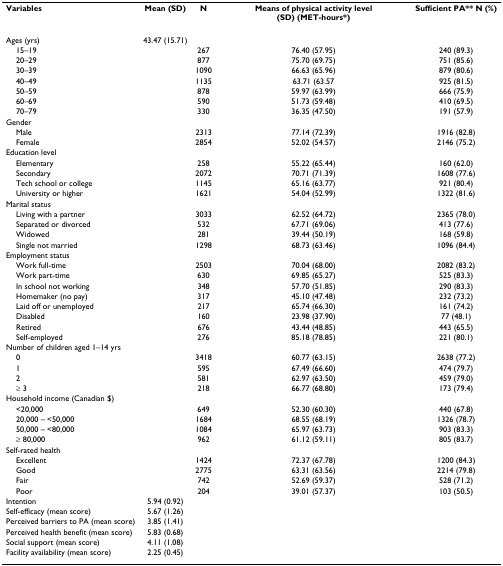
<table><thead><tr><td><b>Variables</b></td><td><b>Mean (SD)</b></td><td><b>N</b></td><td><b>Means of physical activity level (SD) (MET-hours*)</b></td><td><b>Sufficient PA** N (%)</b></td></tr></thead><tbody><tr><td>Ages (yrs)</td><td>43.47 (15.71)</td><td></td><td></td><td></td></tr><tr><td> 15–19</td><td></td><td>267</td><td>76.40 (57.95)</td><td>240 (89.3)</td></tr><tr><td> 20–29</td><td></td><td>877</td><td>75.70 (69.75)</td><td>751 (85.6)</td></tr><tr><td> 30–39</td><td></td><td>1090</td><td>66.63 (65.96)</td><td>879 (80.6)</td></tr><tr><td> 40–49</td><td></td><td>1135</td><td>63.71 (63.57</td><td>925 (81.5)</td></tr><tr><td> 50–59</td><td></td><td>878</td><td>59.97 (63.99)</td><td>666 (75.9)</td></tr><tr><td> 60–69</td><td></td><td>590</td><td>51.73 (59.48)</td><td>410 (69.5)</td></tr><tr><td> 70–79</td><td></td><td>330</td><td>36.35 (47.50)</td><td>191 (57.9)</td></tr><tr><td>Gender</td><td></td><td></td><td></td><td></td></tr><tr><td> Male</td><td></td><td>2313</td><td>77.14 (72.39)</td><td>1916 (82.8)</td></tr><tr><td> Female</td><td></td><td>2854</td><td>52.02 (54.57)</td><td>2146 (75.2)</td></tr><tr><td>Education level</td><td></td><td></td><td></td><td></td></tr><tr><td> Elementary</td><td></td><td>258</td><td>55.22 (65.44)</td><td>160 (62.0)</td></tr><tr><td> Secondary</td><td></td><td>2072</td><td>70.71 (71.39)</td><td>1608 (77.6)</td></tr><tr><td> Tech school or college</td><td></td><td>1145</td><td>65.16 (63.77)</td><td>921 (80.4)</td></tr><tr><td> University or higher</td><td></td><td>1621</td><td>54.04 (52.99)</td><td>1322 (81.6)</td></tr><tr><td>Marital status</td><td></td><td></td><td></td><td></td></tr><tr><td> Living with a partner</td><td></td><td>3033</td><td>62.52 (64.72)</td><td>2365 (78.0)</td></tr><tr><td> Separated or divorced</td><td></td><td>532</td><td>67.71 (69.06)</td><td>413 (77.6)</td></tr><tr><td> Widowed</td><td></td><td>281</td><td>39.44 (50.19)</td><td>168 (59.8)</td></tr><tr><td> Single not married</td><td></td><td>1298</td><td>68.73 (63.46)</td><td>1096 (84.4)</td></tr><tr><td>Employment status</td><td></td><td></td><td></td><td></td></tr><tr><td> Work full-time</td><td></td><td>2503</td><td>70.04 (68.00)</td><td>2082 (83.2)</td></tr><tr><td> Work part-time</td><td></td><td>630</td><td>69.85 (65.27)</td><td>525 (83.3)</td></tr><tr><td> In school not working</td><td></td><td>348</td><td>57.70 (51.85)</td><td>290 (83.3)</td></tr><tr><td> Homemaker (no pay)</td><td></td><td>317</td><td>45.10 (47.48)</td><td>232 (73.2)</td></tr><tr><td> Laid off or unemployed</td><td></td><td>217</td><td>65.74 (66.30)</td><td>161 (74.2)</td></tr><tr><td> Disabled</td><td></td><td>160</td><td>23.98 (37.90)</td><td>77 (48.1)</td></tr><tr><td> Retired</td><td></td><td>676</td><td>43.44 (48.85)</td><td>443 (65.5)</td></tr><tr><td> Self-employed</td><td></td><td>276</td><td>85.18 (78.85)</td><td>221 (80.1)</td></tr><tr><td>Number of children aged 1–14 yrs</td><td></td><td></td><td></td><td></td></tr><tr><td> 0</td><td></td><td>3418</td><td>60.77 (63.15)</td><td>2638 (77.2)</td></tr><tr><td> 1</td><td></td><td>595</td><td>67.49 (66.60)</td><td>474 (79.7)</td></tr><tr><td> 2</td><td></td><td>581</td><td>62.97 (63.50)</td><td>459 (79.0)</td></tr><tr><td> ≥ 3</td><td></td><td>218</td><td>66.77 (68.80)</td><td>173 (79.4)</td></tr><tr><td>Household income (Canadian $)</td><td></td><td></td><td></td><td></td></tr><tr><td> &lt;20,000</td><td></td><td>649</td><td>52.30 (60.30)</td><td>440 (67.8)</td></tr><tr><td> 20,000 – &lt;50,000</td><td></td><td>1684</td><td>68.55 (68.19)</td><td>1326 (78.7)</td></tr><tr><td> 50,000 – &lt;80,000</td><td></td><td>1084</td><td>65.97 (63.73)</td><td>903 (83.3)</td></tr><tr><td> ≥ 80,000</td><td></td><td>962</td><td>61.12 (59.11)</td><td>805 (83.7)</td></tr><tr><td>Self-rated health</td><td></td><td></td><td></td><td></td></tr><tr><td> Excellent</td><td></td><td>1424</td><td>72.37 (67.78)</td><td>1200 (84.3)</td></tr><tr><td> Good</td><td></td><td>2775</td><td>63.31 (63.56)</td><td>2214 (79.8)</td></tr><tr><td> Fair</td><td></td><td>742</td><td>52.69 (59.37)</td><td>528 (71.2)</td></tr><tr><td> Poor</td><td></td><td>204</td><td>39.01 (57.37)</td><td>103 (50.5)</td></tr><tr><td>Intention</td><td>5.94 (0.92)</td><td></td><td></td><td></td></tr><tr><td>Self-efficacy (mean score)</td><td>5.67 (1.26)</td><td></td><td></td><td></td></tr><tr><td>Perceived barriers to PA (mean score)</td><td>3.85 (1.41)</td><td></td><td></td><td></td></tr><tr><td>Perceived health benefit (mean score)</td><td>5.83 (0.68)</td><td></td><td></td><td></td></tr><tr><td>Social support (mean score)</td><td>4.11 (1.08)</td><td></td><td></td><td></td></tr><tr><td>Facility availability (mean score)</td><td>2.25 (0.45)</td><td></td><td></td><td></td></tr></tbody></table>